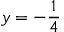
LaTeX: y = - { \frac { 1 } { 4 } }